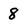
Character: 8